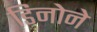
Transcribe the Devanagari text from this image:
डिनोने